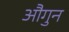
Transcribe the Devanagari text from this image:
औगुन